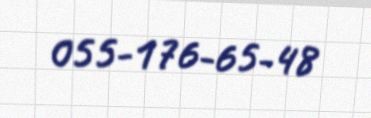
055-176-65-48